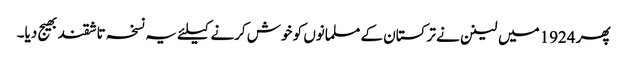
پھر 1924میں لینن نے ترکستان کے مسلمانوں کو خوش کرنے کیلئے یہ نسخہ تاشقند بھیج دیا۔